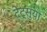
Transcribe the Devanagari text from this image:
टेट्सुया